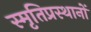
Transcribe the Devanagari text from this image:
स्मृतिप्रस्थानों